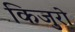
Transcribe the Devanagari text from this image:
किजुरो